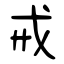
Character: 戒